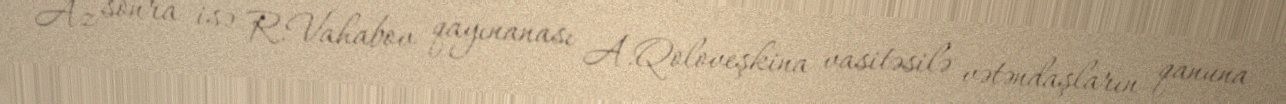
Az sonra isə R.Vahabov qayınanası A.Qoloveşkina vasitəsilə vətəndaşların qanuna